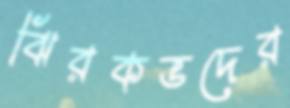
ঝিরকভদের